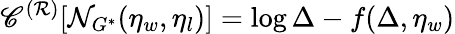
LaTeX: \mathscr{C}^{(\mathcal{R})}[\mathcal{N}_{G^{\ast}}(\eta_{w},\eta_{l})]=\log\Delta-f(\Delta,\eta_{w})